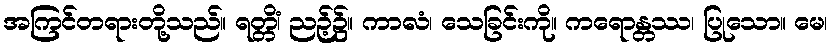
အကြင်တရားတို့သည်။ ရတ္တိံ၊ ညဉ့်၌။ ကာလံ၊ သေခြင်းကို။ ကရောန္တဿ၊ ပြုသော။ မေ၊